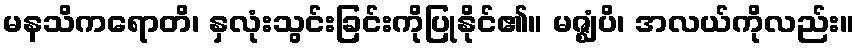
မနသိကရောတိ၊ နှလုံးသွင်းခြင်းကိုပြုနိုင်၏။ မဇ္ဈံပိ၊ အလယ်ကိုလည်း။